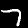
Digit: 7